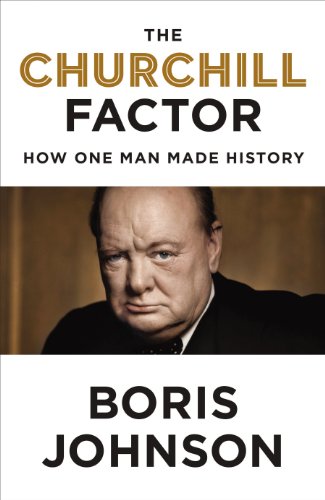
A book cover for The Churchill Factor: How One Man Made History; Boris Johnson; Biographies & Memoirs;